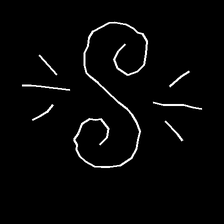
Glyph: wind-directs-air